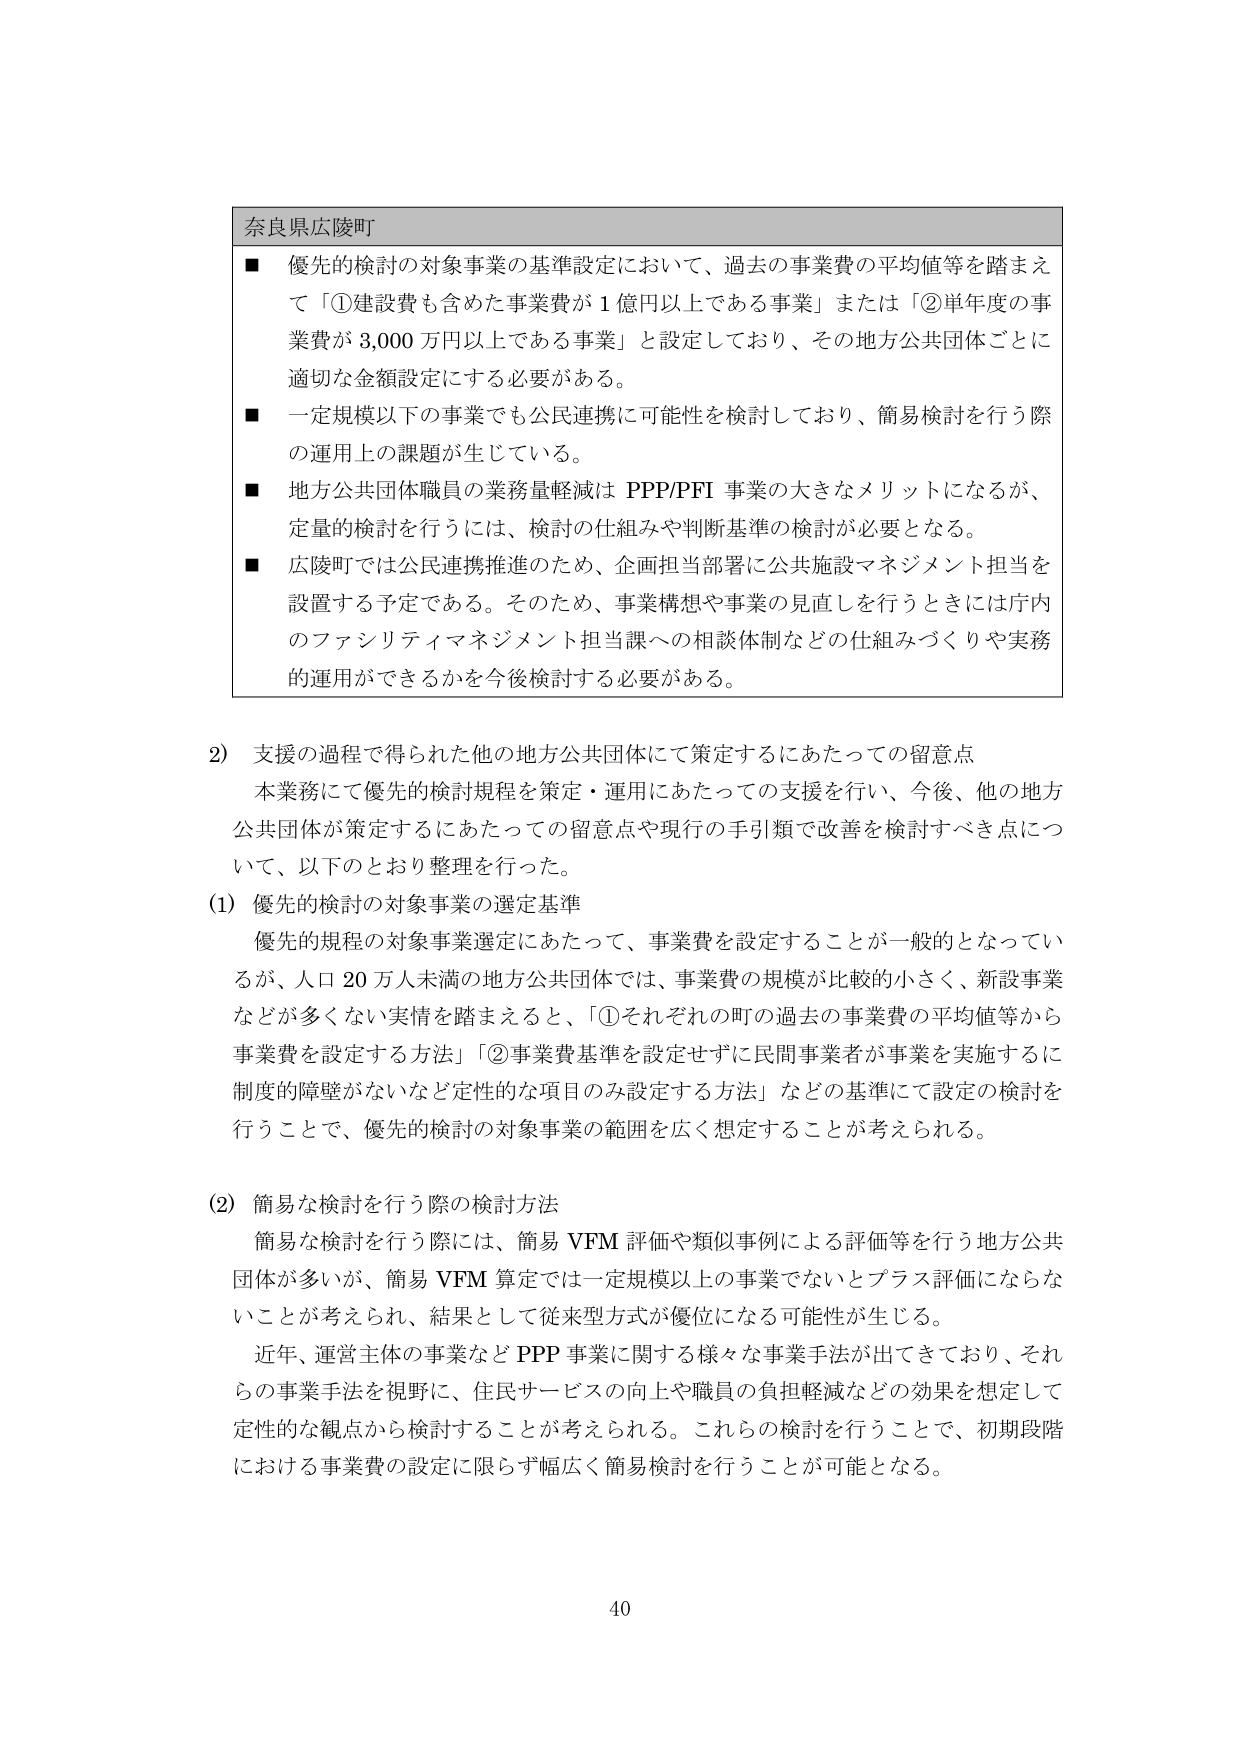
奈良県広陵町
■ 優先的検討の対象事業の基準設定において、過去の事業費の平均値等を踏まえて「①建設費も含めた事業費が１億円以上である事業」または「②単年度の事業費が3,000万円以上である事業」と設定しており、その地方公共団体ごとに適切な金額設定にする必要がある。
■ 一定規模以下の事業でも公民連携に可能性を検討しており、簡易検討を行う際の運用上の課題が生じている。
■ 地方公共団体職員の業務量軽減はPPP/PFI事業の大きなメリットになるが、定量的検討を行うには、検討の仕組みや判断基準の検討が必要となる。
■ 広陵町では公民連携推進のため、企画担当部署に公共施設マネジメント担当を設置する予定である。そのため、事業構想や事業の見直しを行うときには庁内のファシリティマネジメント担当課への相談体制などの仕組みづくりや実務的運用ができるかを今後検討する必要がある。

2) 支援の過程で得られた他の地方公共団体にて策定するにあたっての留意点
本業務にて優先的検討規程を策定・運用にあたっての支援を行い、今後、他の地方公共団体が策定するにあたっての留意点や現行の手引類で改善を検討すべき点について、以下のとおり整理を行った。

(1) 優先的検討の対象事業の選定基準
優先的規程の対象事業選定にあたって、事業費を設定することが一般的となっているが、人口20万人未満の地方公共団体では、事業費の規模が比較的小さく、新設事業などが多くない実情を踏まえると、「①それぞれの町の過去の事業費の平均値等から事業費を設定する方法」「②事業費基準を設定せずに民間事業者が事業を実施するに制度的障壁がないなど定性的な項目のみ設定する方法」などの基準にて設定の検討を行うことで、優先的検討の対象事業の範囲を広く想定することが考えられる。

(2) 簡易な検討を行う際の検討方法
簡易な検討を行う際には、簡易VFM評価や類似事例による評価等を行う地方公共団体が多いが、簡易VFM算定では一定規模以上の事業でないとプラス評価にならないことが考えられ、結果として従来型方式が優位になる可能性が生じる。
近年、運営主体の事業などPPP事業に関する様々な事業手法が出てきており、それらの事業手法を視野に、住民サービスの向上や職員の負担軽減などの効果を想定して定性的な観点から検討することが考えられる。これらの検討を行うことで、初期段階における事業費の設定に限らず幅広く簡易検討を行うことが可能となる。

40